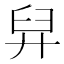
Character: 舁